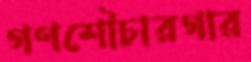
গণশৌচারগার